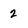
Character: 2